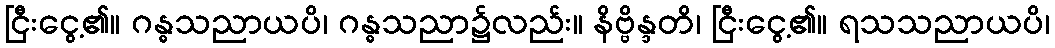
ငြီးငွေ့၏။ ဂန္ဓသညာယပိ၊ ဂန္ဓသညာ၌လည်း။ နိဗ္ဗိန္ဒတိ၊ ငြီးငွေ့၏။ ရသသညာယပိ၊